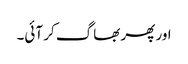
اور پھر بھاگ کر آئی۔